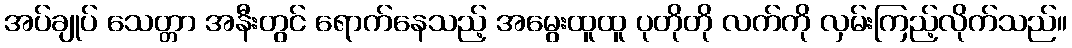
အပ်ချုပ် သေတ္တာ အနီးတွင် ရောက်နေသည့် အမွေးထူထူ ပုတိုတို လက်ကို လှမ်းကြည့်လိုက်သည်။